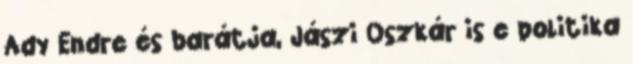
Ady Endre és barátja, Jászi Oszkár is e politika